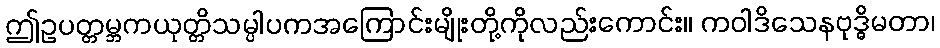
ဤဥပတ္တမ္ဘကယုတ္တိသမ္ပါပကအကြောင်းမျိုးတို့ကိုလည်းကောင်း။ ကဝါဒိသေနဗုဒ္ဓိမတာ၊